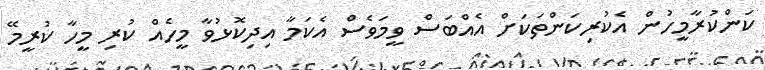
ކަންކުރާމީހުން އެކުރިކަންތަކަށް އެއްބަސް ވީމަވެސް އެކަމާ އިދިކޮޅުވާ މީހެއް ކުރި މީހާ ކުރީމޭ